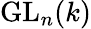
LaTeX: \operatorname{GL}_{n}(k)